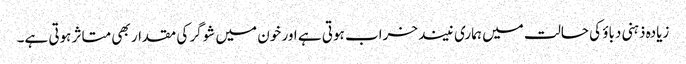
زیادہ ذہنی دباؤ کی حالت میں ہماری نیند خراب ہوتی ہے اور خون میں شوگر کی مقدار بھی متاثر ہوتی ہے۔